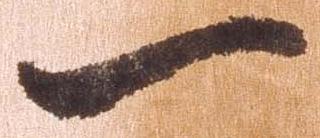
一